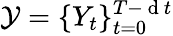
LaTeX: \mathcal{Y}=\{ Y_{t}\} _{t=0}^{T-\mathrm{~d~}t}